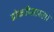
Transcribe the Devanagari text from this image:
ढोकरीसारखा